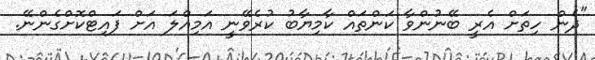
"ދެން ހިތަށް އެރީ ބޭނުންވާ ކަންތައް ކާމިޔާބު ކުރެވޭނީ އަމިއްލަ އަށް ފައިޓްކޮށްގެންނޭ.